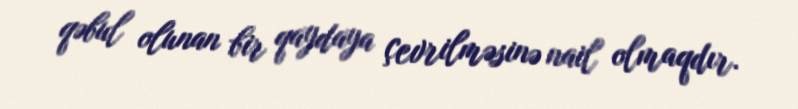
qəbul olunan bir qaydaya çevrilməsinə nail olmaqdır.